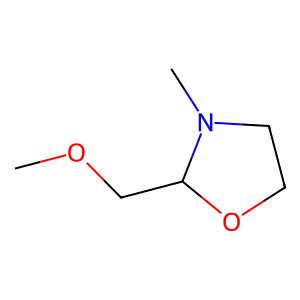
SMILES: COCC1OCCN1C
Inhibits HIV replication: No